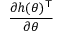
\frac { \partial h ( \theta ) ^ { \mathsf { T } } } { \partial \theta }